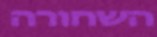
השחורה